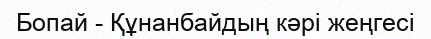
Бопай - Құнанбайдың кәрі жеңгесі